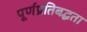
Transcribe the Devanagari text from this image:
पूर्णप्रतिबद्धता